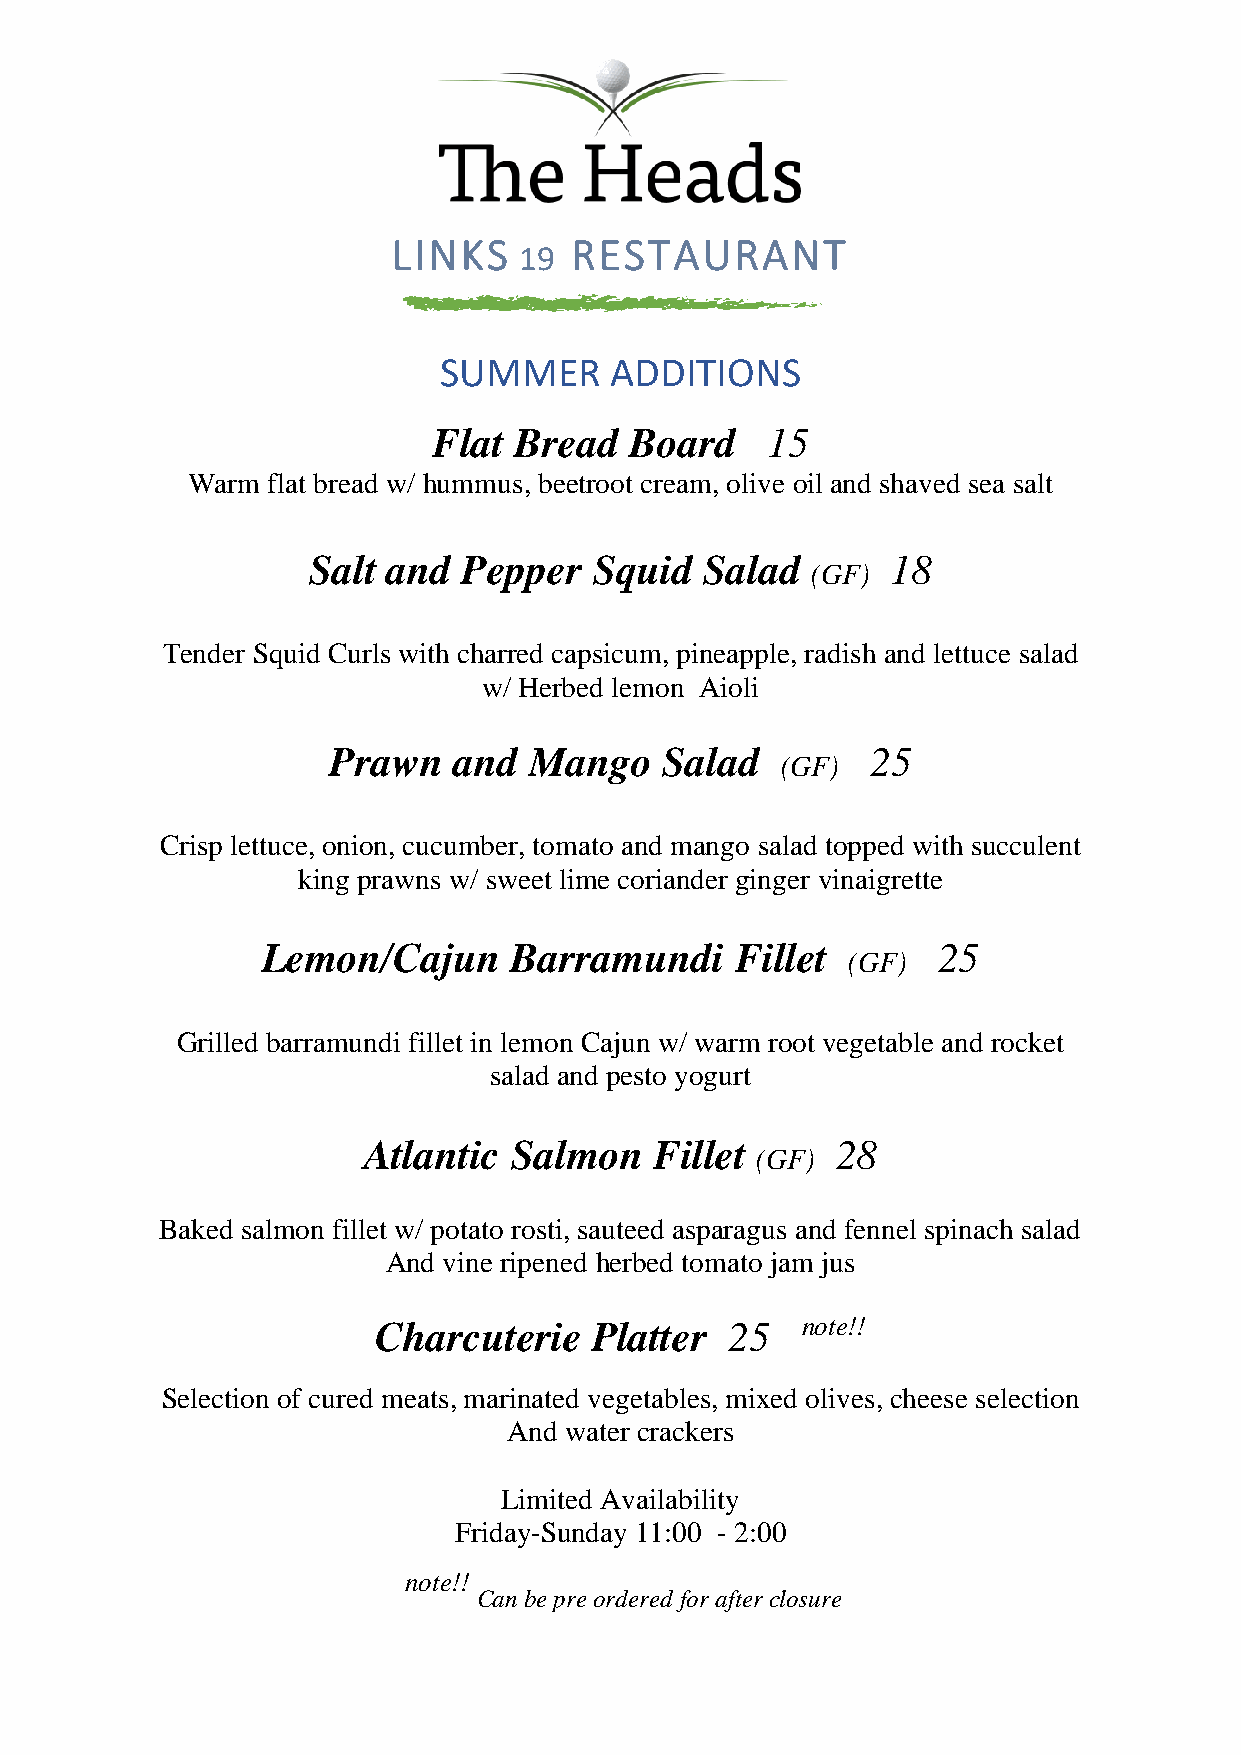
LINKS       RESTAURANT
 19
 SUMMER     ADDITIONS
 Flat Bread   Board    15
 Warm  flat bread w/ hummus, beetroot cream, olive oil and shaved sea salt
 Salt  and  Pepper  Squid   Salad       18
 (GF)
 Tender Squid Curls with charred capsicum, pineapple, radish and lettuce salad
 w/ Herbed lemon Aioli
 Prawn   and  Mango    Salad         25
 (GF)
 Crisp lettuce, onion, cucumber, tomato and mango salad topped with succulent
 king prawns w/ sweet lime coriander ginger vinaigrette
 Lemon/Cajun      Barramundi     Fillet       25
 (GF)
 Grilled barramundi fillet in lemon Cajun w/ warm root vegetable and rocket
 salad and pesto yogurt
 Atlantic  Salmon   Fillet      28
 (GF)
 Baked salmon fillet w/ potato rosti, sauteed asparagus and fennel spinach salad
 And vine ripened herbed tomato jam jus
 Charcuterie   Platter  25   note!!
 Selection of cured meats, marinated vegetables, mixed olives, cheese selection
 And water crackers
 Limited Availability
 Friday-Sunday 11:00 - 2:00
 note!!
 Can be pre ordered for after closure